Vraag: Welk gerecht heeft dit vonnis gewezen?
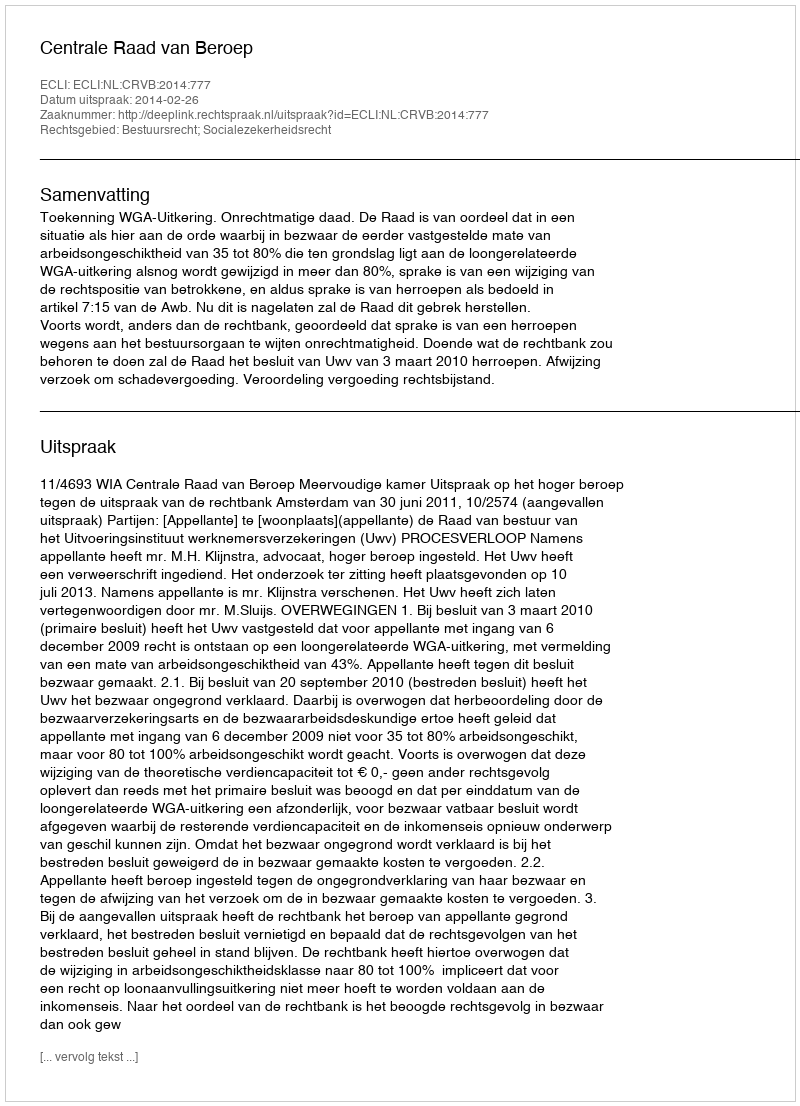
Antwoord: Centrale Raad van Beroep